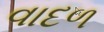
વાદળ